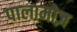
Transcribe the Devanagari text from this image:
पालामोज़